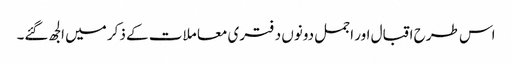
اس طرح اقبال اور اجمل دونوں د فتری معا ملات کے ذکر میں الجھ گئے۔